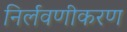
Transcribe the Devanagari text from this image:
निर्लवणीकरण